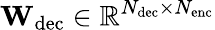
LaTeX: \mathbf{W}_{\mathrm{dec}}\in\mathbb{R}^{N_{\mathrm{dec}}\times N_{\mathrm{enc}}}